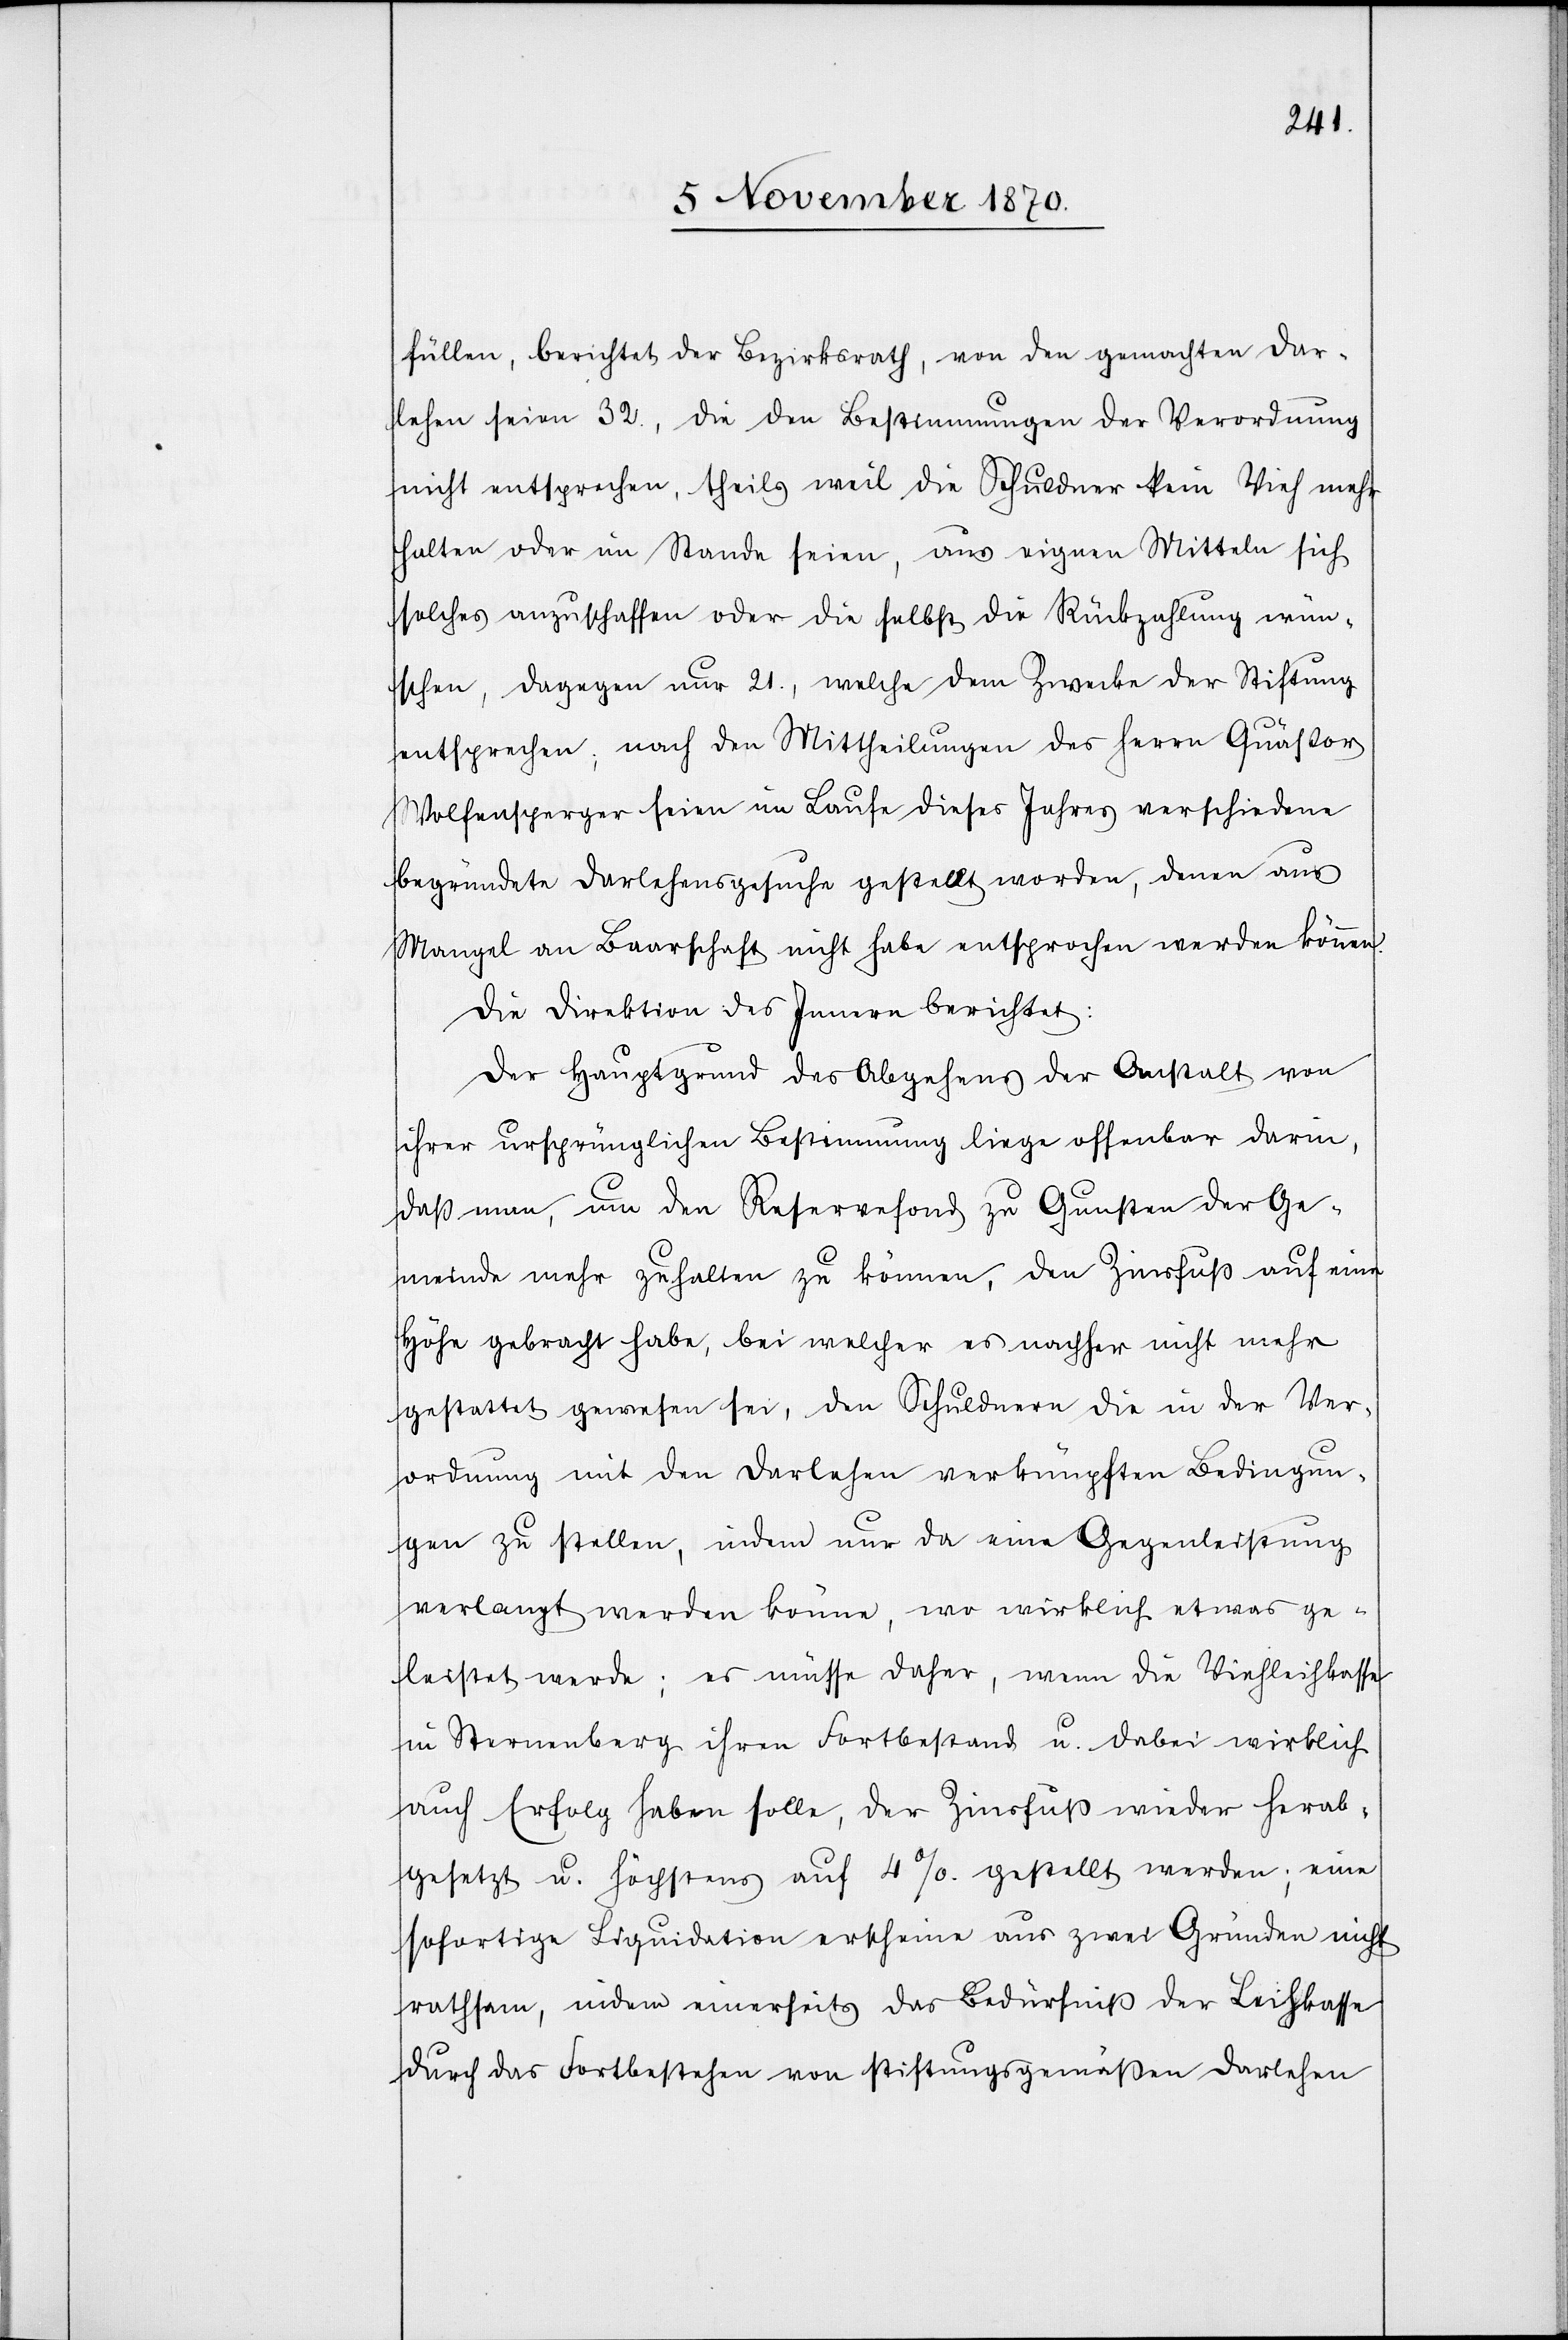
füllen, berichtet der Bezirksrath, von den gemachten Dar¬
lehen seien 32., die den Bestimmungen der Verordnung
nicht entsprechen, theils weil die Schuldner kein Vieh mehr
halten oder im Stande seien, aus eignen Mitteln sich
solches anzuschaffen oder die selbst die Rückbezahlung wün¬
schen, dagegen nur 21., welche dem Zwecke der Stiftung
entsprechen; nach den Mittheilungen des Herrn Quästors
Wolfensperger seien im Laufe dieses Jahres verschiedene
begründete Darlehensgesuche gestellt worden, denen aus
Mangel an Baarschaft nicht habe entsprochen werden können.
Die Direktion des Innern berichtet:
Der Hauptgrund des Abgehens der Anstalt von
ihrer ursprünglichen Bestimmung liege offenbar darin,
daß man, um den Reservefond zu Gunsten der Ge¬
meinde mehr zuhalten zu können, den Zinsfuß auf eine
Höhe gebracht habe, bei welcher es nachher nicht mehr
gestattet gewesen sei, den Schuldnern die in der Ver¬
ordnung mit den Darlehen verknüpften Bedingun¬
gen zu stellen, indem nur da eine Gegenleistung
verlangt werden könne, wo wirklich etwas ge¬
leistet werde; es müsse daher, wenn die Viehleihkasse
in Sternenberg ihren Fortbestand u. dabei wirklich
auch Erfolg haben soll, der Zinsfuß wieder herab¬
gesetzt. u höchstens auf 4%. gestellt werden; eine
sofortige Liquidation erscheine aus zwei Gründen nicht
rathsam, indem einerseits das Bedürfniß der Leihkasse
durch das Fortbestehen von stiftungsgemäßen Darlehen